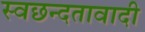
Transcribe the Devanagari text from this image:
स्वछन्दतावादी